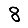
Digit: 8